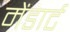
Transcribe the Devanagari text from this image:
मेंडार्ट